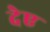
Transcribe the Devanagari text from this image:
देए